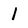
Character: l